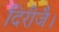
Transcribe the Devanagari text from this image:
दिरीजै।